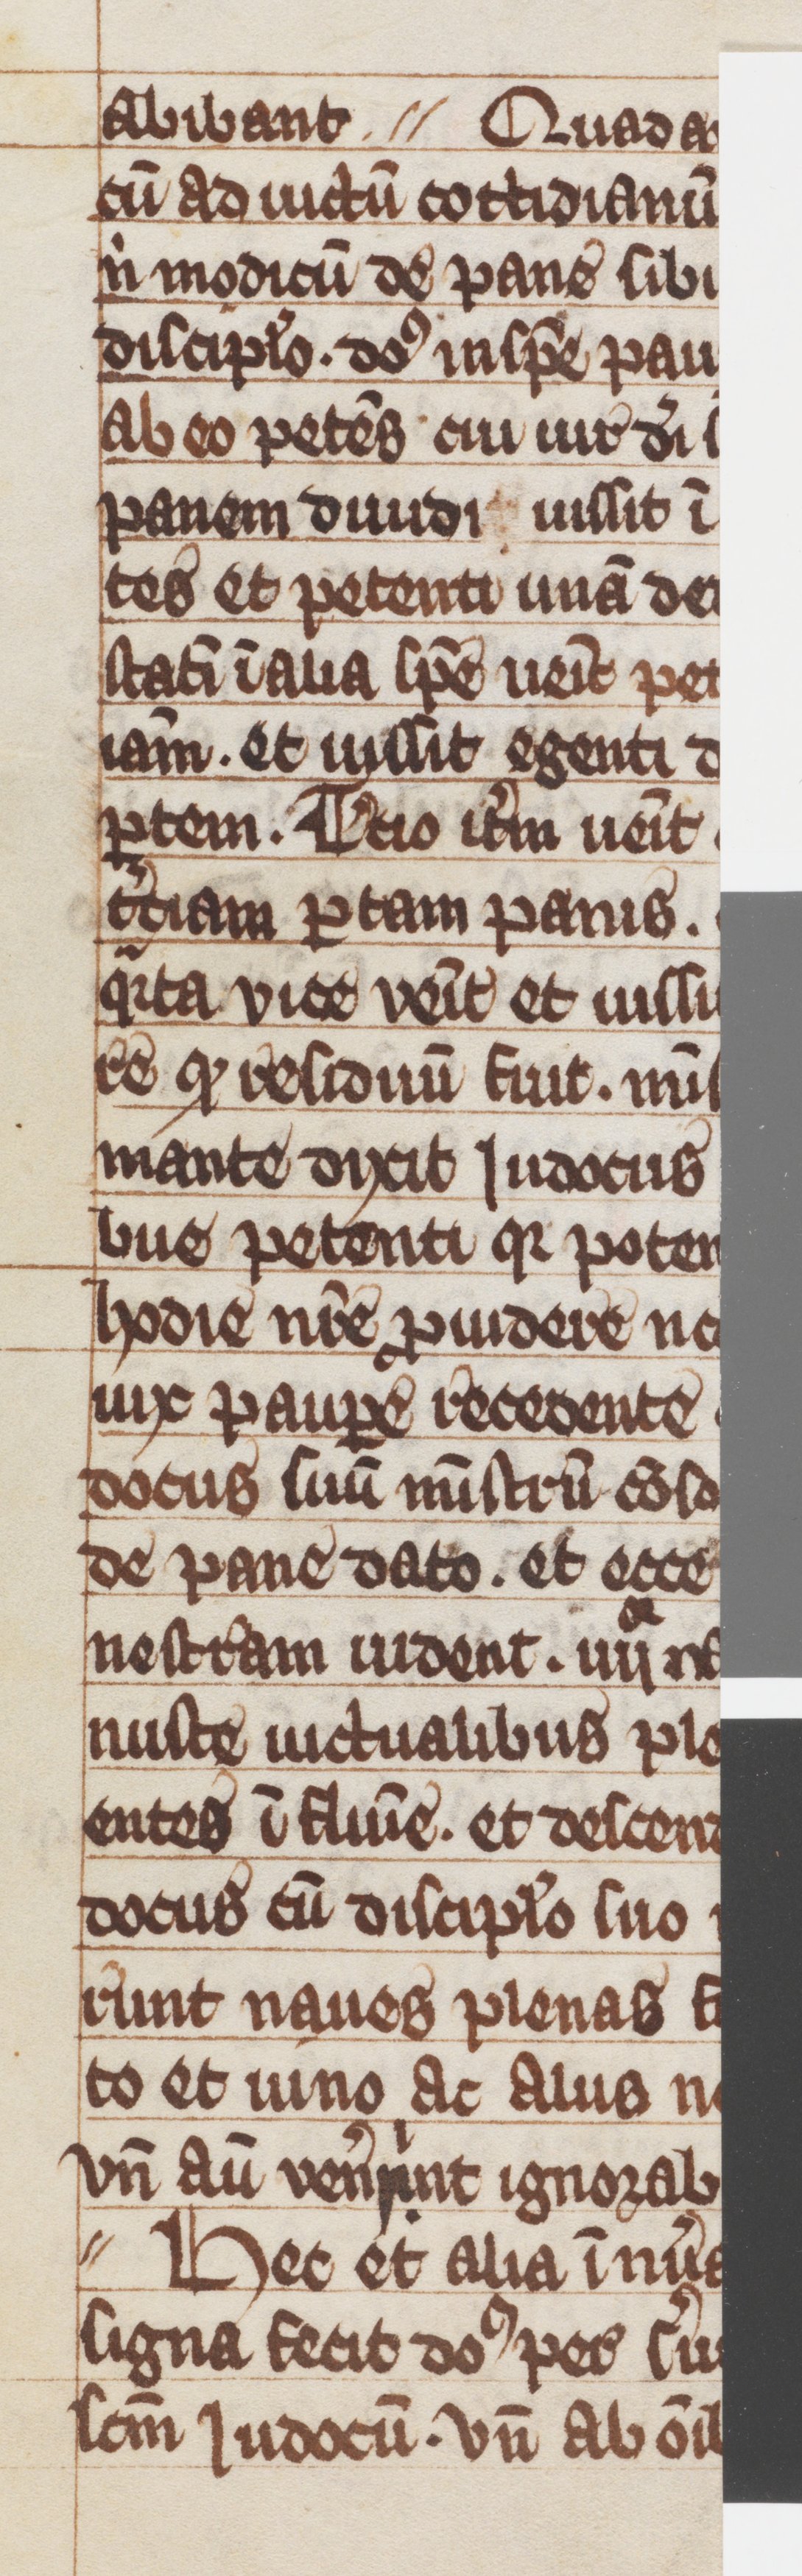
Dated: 1300–1399